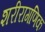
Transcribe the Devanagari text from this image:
शरीरागणिक